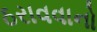
ઠરાવવાનો